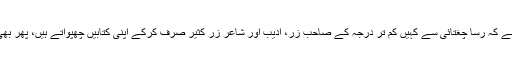
اس المیہ کا دوسرا رخ یہ ہے کہ رساؔ چغتائی سے کہیں کم تر درجہ کے صاحبِ زر، ادیب اور شاعر زرِ کثیر صرف کرکے اپنی کتابیں چھپواتے ہیں، پھر بھی ان کا ابلاغ نہیں ہوتا ہے۔